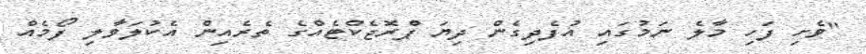
"ވެށި ފަހި މާލެ ނަމުގައި އުފެދިގެން ދިޔަ ޕްރޮޖެކްޓެއްގެ ތެރެއިން އެކުލަވާލި ފޯމެއް